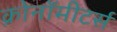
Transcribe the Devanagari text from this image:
क्रोनॉमीटर्स